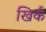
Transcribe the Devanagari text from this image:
खिर्क